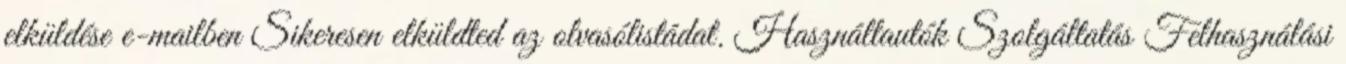
elküldése e-mailben Sikeresen elküldted az olvasólistádat. Használtautók Szolgáltatás Felhasználási